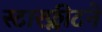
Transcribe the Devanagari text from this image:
स्टारफ्लीटने